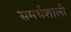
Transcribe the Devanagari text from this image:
समर्थशाली